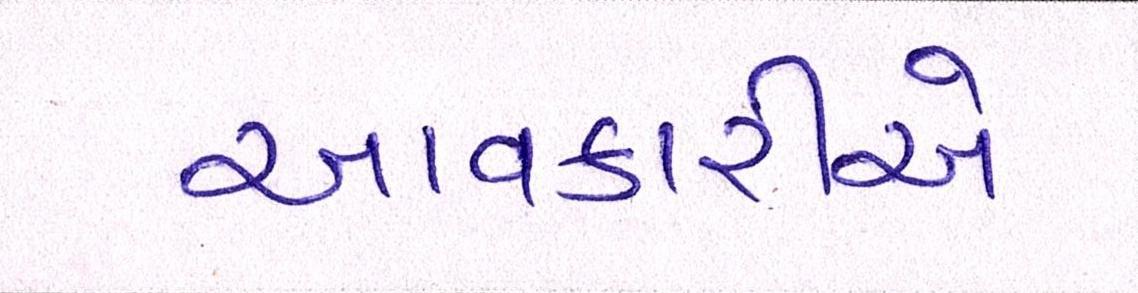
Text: આવકારીએ